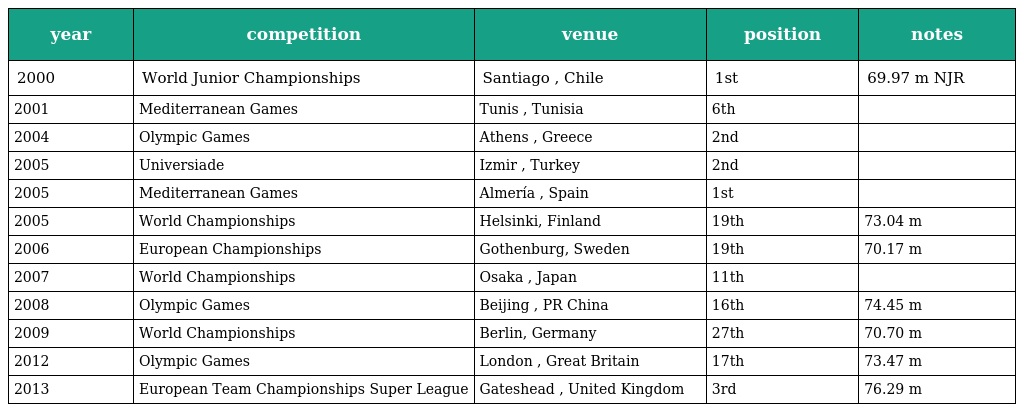
| year | competition | venue | position | notes |
 | --- | --- | --- | --- | --- |
 | 2000 | World Junior Championships | Santiago , Chile | 1st | 69.97 m NJR |
 | 2001 | Mediterranean Games | Tunis , Tunisia | 6th |  |
 | 2004 | Olympic Games | Athens , Greece | 2nd |  |
 | 2005 | Universiade | Izmir , Turkey | 2nd |  |
 | 2005 | Mediterranean Games | Almería , Spain | 1st |  |
 | 2005 | World Championships | Helsinki, Finland | 19th | 73.04 m |
 | 2006 | European Championships | Gothenburg, Sweden | 19th | 70.17 m |
 | 2007 | World Championships | Osaka , Japan | 11th |  |
 | 2008 | Olympic Games | Beijing , PR China | 16th | 74.45 m |
 | 2009 | World Championships | Berlin, Germany | 27th | 70.70 m |
 | 2012 | Olympic Games | London , Great Britain | 17th | 73.47 m |
 | 2013 | European Team Championships Super League | Gateshead , United Kingdom | 3rd | 76.29 m |